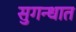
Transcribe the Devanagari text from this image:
सुगन्धात